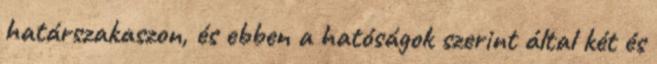
határszakaszon, és ebben a hatóságok szerint által két és